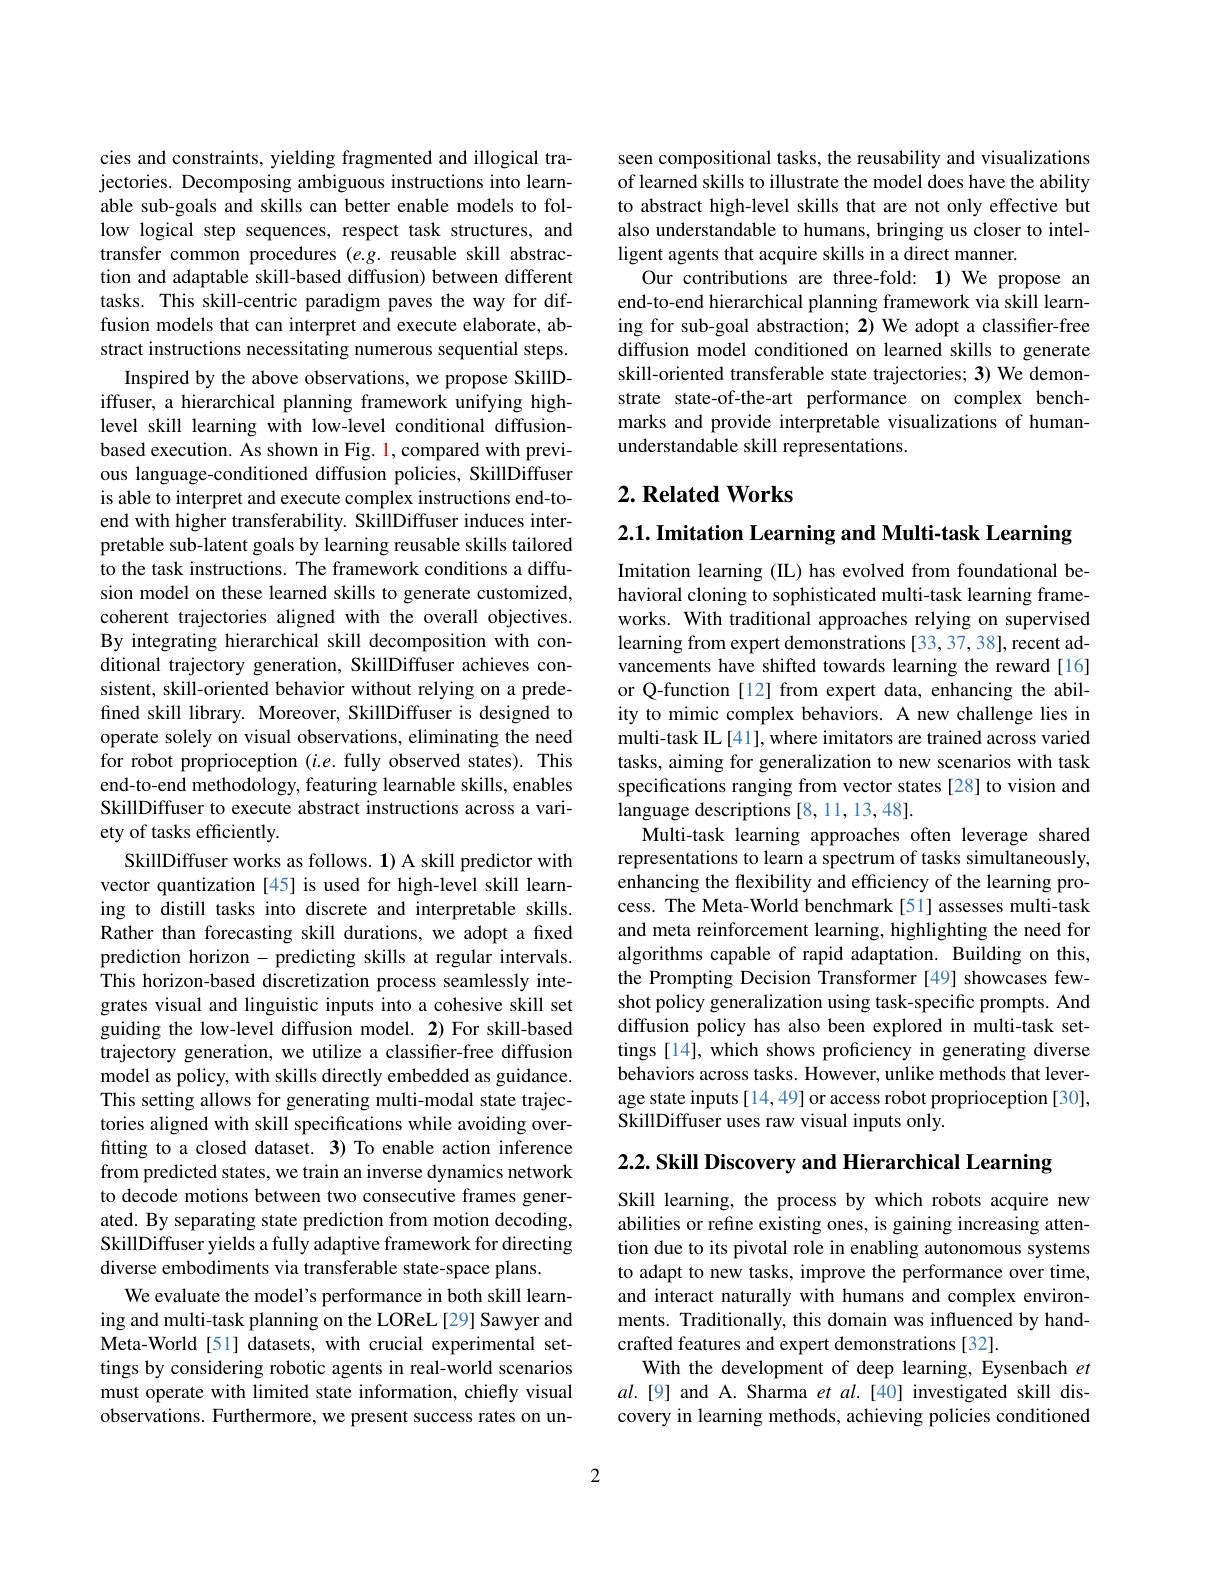
cies and constraints, yielding fragmented and illogical trajectories. Decomposing ambiguous instructions into learnable sub-goals and skills can better enable models to follow logical step sequences, respect task structures, and transfer common procedures $(e.g.$ reusable skill abstraction and adaptable skill-based diffusion) between different tasks. This skill-centric paradigm paves the way for diffusion models that can interpret and execute elaborate, abstract instructions necessitating numerous sequential steps.
Inspired by the above observations, we propose SkillDiffuser, a hierarchical planning framework unifying highlevel skill learning with low-level conditional diffusionbased execution. As shown in Fig. 1, compared with previous language-conditioned diffusion policies, SkillDiffuser is able to interpret and execute complex instructions end-toend with higher transferability. SkillDiffuser induces interpretable sub-latent goals by learning reusable skills tailored to the task instructions. The framework conditions a diffusion model on these learned skills to generate customized, coherent trajectories aligned with the overall objectives. By integrating hierarchical skill decomposition with conditional trajectory generation, SkillDiffuser achieves consistent, skill-oriented behavior without relying on a predefined skill library. Moreover, SkillDiffuser is designed to operate solely on visual observations, eliminating the need for robot proprioception $(i.e.$ fully observed states).This end-to-end methodology, featuring learnable skills, enables SkillDiffuser to execute abstract instructions across a variety of tasks efficiently.
SkillDiffuser works as follows. $\mathbf{1}$) A skill predictor with vector quantization [45] is used for high-level skill learning to distill tasks into discrete and interpretable skills. Rather than forecasting skill durations, we adopt a fixed prediction horizon - predicting skills at regular intervals. This horizon-based discretization process seamlessly integrates visual and linguistic inputs into a cohesive skill set guiding the low-level diffusion model. 2) For skill-based trajectory generation, we utilize a classifier-free diffusion model as policy, with skills directly embedded as guidance. This setting allows for generating multi-modal state trajectories aligned with skill specifications while avoiding overfitting to a closed dataset. 3) To enable action inference from predicted states, we train an inverse dynamics network to decode motions between two consecutive frames generated. By separating state prediction from motion decoding, SkillDiffuser yields a fully adaptive framework for directing diverse embodiments via transferable state-space plans.
We evaluate the model's performance in both skill learning and multi-task planning on the LOReL [29] Sawyer and Meta-World[51] datasets, with crucial experimental settings by considering robotic agents in real-world scenarios must operate with limited state information, chiefly visual observations. Furthermore, we present success rates on un-

seen compositional tasks, the reusability and visualizations of learned skills to illustrate the model does have the ability to abstract high-level skills that are not only effective but also understandable to humans, bringing us closer to intelligent agents that acquire skills in a direct manner.
Our contributions are three-fold: 1)We propose an end-to-end hierarchical planning framework via skill learning for sub-goal abstraction; 2) We adopt a classifier-free diffusion model conditioned on learned skills to generate skill-oriented transferable state trajectories; 3) We demonstrate state-of-the-art performance on complex benchmarks and provide interpretable visualizations of humanunderstandable skill representations.

## $2. \textbf{Related Works}$

$2. 1. \textbf{ Imitation Learning and Multi- task Learning}$

Imitation learning (IL) has evolved from foundational behavioral cloning to sophisticated multi-task learning frameworks. With traditional approaches relying on supervised learning from expert demonstrations [33,37,38], recent advancements have shifted towards learning the reward [16] or Q-function[12] from expert data, enhancing the ability to mimic complex behaviors. A new challenge lies in multi-task IL [41], where imitators are trained across varied tasks, aiming for generalization to new scenarios with task specifications ranging from vector states [28] to vision and language descriptions [8,11,13,48].
Multi-task learning approaches often leverage shared representations to learn a spectrum of tasks simultaneously, enhancing the flexibility and efficiency of the learning process. The Meta-World benchmark [51] assesses multi-task and meta reinforcement learning, highlighting the need for algorithms capable of rapid adaptation. Building on this, the Prompting Decision Transformer [49] showcases fewshot policy generalization using task-specific prompts. And diffusion policy has also been explored in multi-task settings [14], which shows proficiency in generating diverse behaviors across tasks. However, unlike methods that leverage state inputs[14,49] or access robot proprioception [30], SkillDiffuser uses raw visual inputs only.

2.2. Skill Discovery and Hierarchical Learning

Skill learning, the process by which robots acquire new abilities or refine existing ones, is gaining increasing attention due to its pivotal role in enabling autonomous systems to adapt to new tasks, improve the performance over time, and interact naturally with humans and complex environments. Traditionally, this domain was influenced by handcrafted features and expert demonstrations [32].
With the development of deep learning, Eysenbach et $al.[9]$ and A. Sharma et al.[40] investigated skill discovery in learning methods, achieving policies conditioned

2